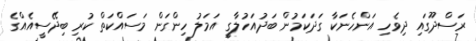
ރަސްދޫގައި ދިވެހި އަންހެނަކާ ގަދަކަމުން ބަދުއަހުލާގީ އަމަލު ހިންގަން މަސައްކަތް ކުރި ބިދޭސީއެއްގެ